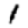
Digit: 1